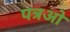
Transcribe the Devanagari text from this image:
पत्रओ